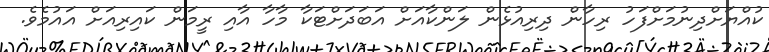
ކުއްޔަށްދިނުމަށްފަހު ރިހާން ދިރިއުޅެން ލަންކާއަށް އަބަދަށްޓަކާ މާހާ އާއި ރީމަން ކައިރިއަށް އައުމެވެ.